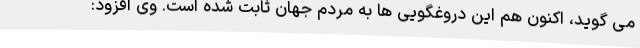
می گوید، اکنون هم این دروغگویی ها به مردم جهان ثابت شده است. وی افزود: